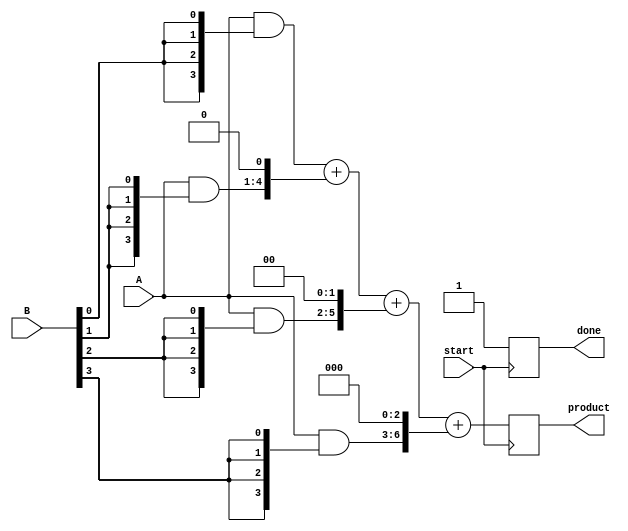
module async_wallace_tree_multiplier #(parameter A_WIDTH = 4, B_WIDTH = 4, P_WIDTH = A_WIDTH + B_WIDTH) (
    input wire [A_WIDTH-1:0] A,
    input wire [B_WIDTH-1:0] B,
    input wire start,
    output reg [P_WIDTH-1:0] product,
    output reg done
);

// Internal signals
reg [A_WIDTH-1:0] partial_products[B_WIDTH-1:0];
reg [P_WIDTH-1:0] sum_stage_1 [B_WIDTH-1:0];
reg [P_WIDTH-1:0] sum_stage_2;
reg [P_WIDTH-1:0] final_sum;
reg valid;
integer i, j;

// Generate partial products
always @(*) begin
    for (i = 0; i < B_WIDTH; i = i + 1) begin
        partial_products[i] = A & {A_WIDTH{B[i]}};
    end
end

// Asynchronous reduction using Wallace tree
always @(posedge start) begin
    valid <= 1'b1;
    done <= 1'b0;
    
    // Stage 1: Sum partial products
    for (i = 0; i < B_WIDTH; i = i + 1) begin
        sum_stage_1[i] = {partial_products[i], i'b0}; // Shift partial products
    end
    
    // Perform carry-save addition in a Wallace tree manner
    // This is a simplified version, you may need to implement the full adder and half adder logic
    // Here we just take two levels of reduction for simplicity
    sum_stage_2 = sum_stage_1[0] + sum_stage_1[1];
    for (i = 2; i < B_WIDTH; i = i + 1) begin
        sum_stage_2 = sum_stage_2 + sum_stage_1[i];
    end
    
    // Final addition (could be replaced with a more efficient adder)
    final_sum = sum_stage_2;
    
    // Latch the product
    product <= final_sum;
    done <= 1'b1; // Signal that the multiplication is done
end

endmodule